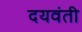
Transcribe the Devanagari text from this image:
दयवंती